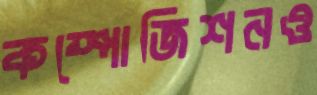
কম্পোজিশনও